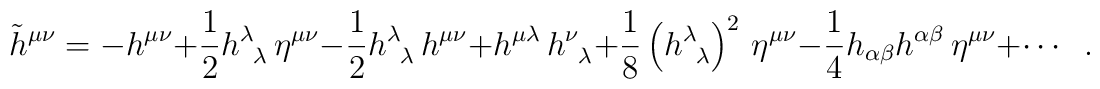
\tilde h^{\mu \nu }=-h^{\mu \nu }+ \frac12h_{\;\;\lambda}^\lambda \,\eta ^{\mu \nu }- \frac12h_{\;\;\lambda}^\lambda \,h^{\mu \nu }+ h^{\mu\lambda} \,h_{\;\;\lambda}^{\nu}+ \frac 18\left(h_{\;\;\lambda}^\lambda\right)^2 \,\eta^{\mu \nu } - \frac 14h_{\alpha\beta} h^{\alpha\beta}\,\eta ^{\mu \nu}+\cdots\;\; .